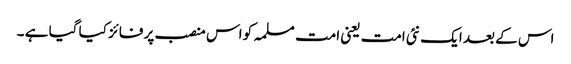
اس کے بعد ایک نئی امت یعنی امت مسلمہ کو اس منصب پر فائز کیا گیا ہے ۔